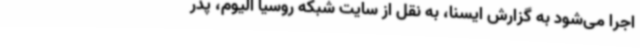
اجرا می‌شود به گزارش ایسنا، به نقل از سایت شبکه روسیا الیوم، پدر